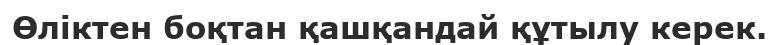
Өліктен боқтан қашқандай құтылу керек.